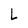
Character: L